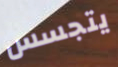
يتجسس